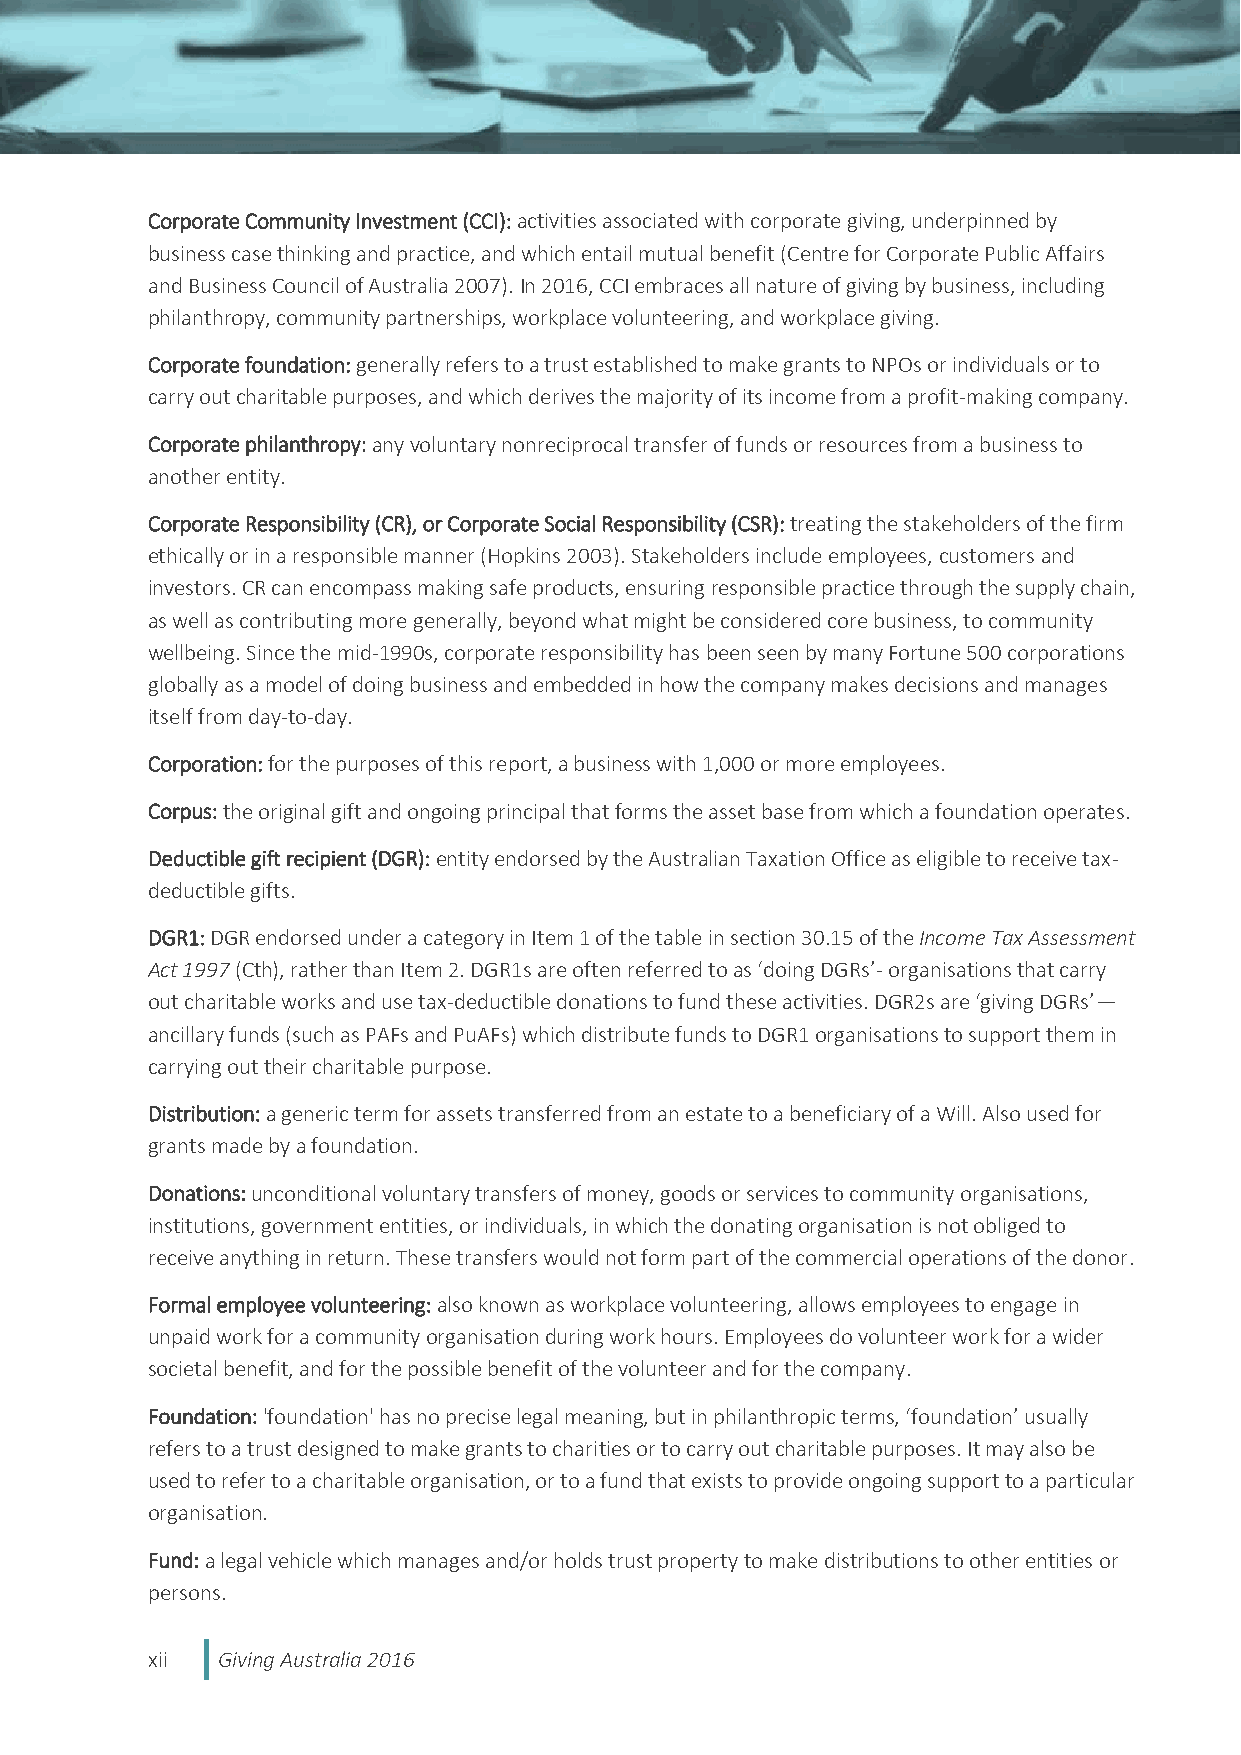
Corporate Community Investment (CCI): activities associated with corporate giving, underpinned by
 business case thinking and practice, and which entail mutual benefit (Centre for Corporate Public Affairs
 and Business Council of Australia 2007). In 2016, CCI embraces all nature of giving by business, including
 philanthropy, community partnerships, workplace volunteering, and workplace giving.
 Corporate foundation: generally refers to a trust established to make grants to NPOs or individuals or to
 carry out charitable purposes, and which derives the majority of its income from a profit-making company.
 Corporate philanthropy: any voluntary nonreciprocal transfer of funds or resources from a business to
 another entity.
 Corporate Responsibility (CR), or Corporate Social Responsibility (CSR): treating the stakeholders of the firm
 ethically or in a responsible manner (Hopkins 2003). Stakeholders include employees, customers and
 investors. CR can encompass making safe products, ensuring responsible practice through the supply chain,
 as well as contributing more generally, beyond what might be considered core business, to community
 wellbeing. Since the mid-1990s, corporate responsibility has been seen by many Fortune 500 corporations
 globally as a model of doing business and embedded in how the company makes decisions and manages
 itself from day-to-day.
 Corporation: for the purposes of this report, a business with 1,000 or more employees.
 Corpus: the original gift and ongoing principal that forms the asset base from which a foundation operates.
 Deductible gift recipient (DGR): entity endorsed by the Australian Taxation Office as eligible to receive tax-
 deductible gifts.
 DGR1: DGR endorsed under a category in Item 1 of the table in section 30.15 of the Income Tax Assessment
 Act 1997 (Cth), rather than Item 2. DGR1s are often referred to as ‘doing DGRs’- organisations that carry
 out charitable works and use tax-deductible donations to fund these activities. DGR2s are ‘giving DGRs’—
 ancillary funds (such as PAFs and PuAFs) which distribute funds to DGR1 organisations to support them in
 carrying out their charitable purpose.
 Distribution: a generic term for assets transferred from an estate to a beneficiary of a Will. Also used for
 grants made by a foundation.
 Donations: unconditional voluntary transfers of money, goods or services to community organisations,
 institutions, government entities, or individuals, in which the donating organisation is not obliged to
 receive anything in return. These transfers would not form part of the commercial operations of the donor.
 Formal employee volunteering: also known as workplace volunteering, allows employees to engage in
 unpaid work for a community organisation during work hours. Employees do volunteer work for a wider
 societal benefit, and for the possible benefit of the volunteer and for the company.
 Foundation: 'foundation' has no precise legal meaning, but in philanthropic terms, ‘foundation’ usually
 refers to a trust designed to make grants to charities or to carry out charitable purposes. It may also be
 used to refer to a charitable organisation, or to a fund that exists to provide ongoing support to a particular
 organisation.
 Fund: a legal vehicle which manages and/or holds trust property to make distributions to other entities or
 persons.
 xii Giving Australia 2016